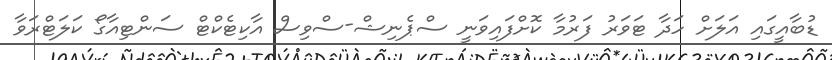
ޑުބާއީގައި އަލަށް ހަދާ ޓަވަރު ފަރުމާ ކޮށްފައިވަނީ ސްޕެނިޝް-ސްވިސް އާކިޓެކްޓް ސަންޓިއާގޯ ކަލަޓްރަވާ